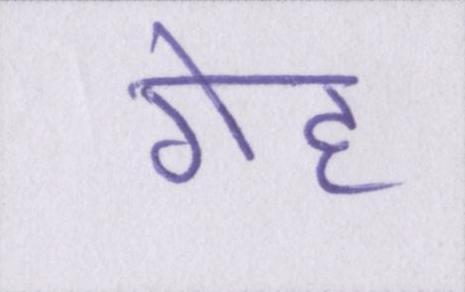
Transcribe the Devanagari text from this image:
गेह